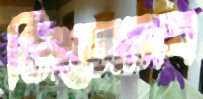
নিজেস্ব